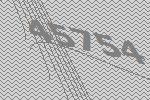
45754